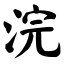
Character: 浣